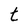
Character: t